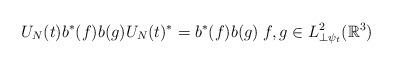
LaTeX: \begin{align*}U_N(t) b^* (f) b(g) U_N(t)^*&= b^*(f) b(g) \;f,g \in L^2_{\perp \psi_t}(\mathbb{R}^3) \end{align*}